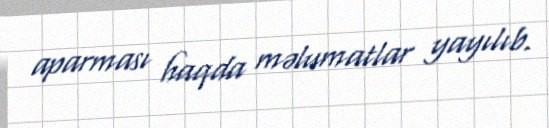
aparması haqda məlumatlar yayılıb.